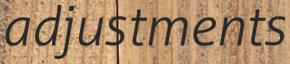
adjustments